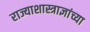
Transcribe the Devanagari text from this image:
राज्याशास्त्राज्ञांच्या